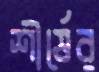
শীর্ষের